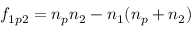
f _ { 1 p 2 } = n _ { p } n _ { 2 } - n _ { 1 } ( n _ { p } + n _ { 2 } )